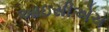
આઇસીએચ